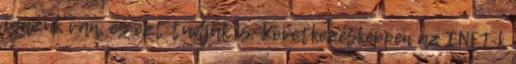
igazuk van, és ezt tudják is. Következésképpen az INFJ-k